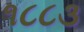
૧૮૮૩